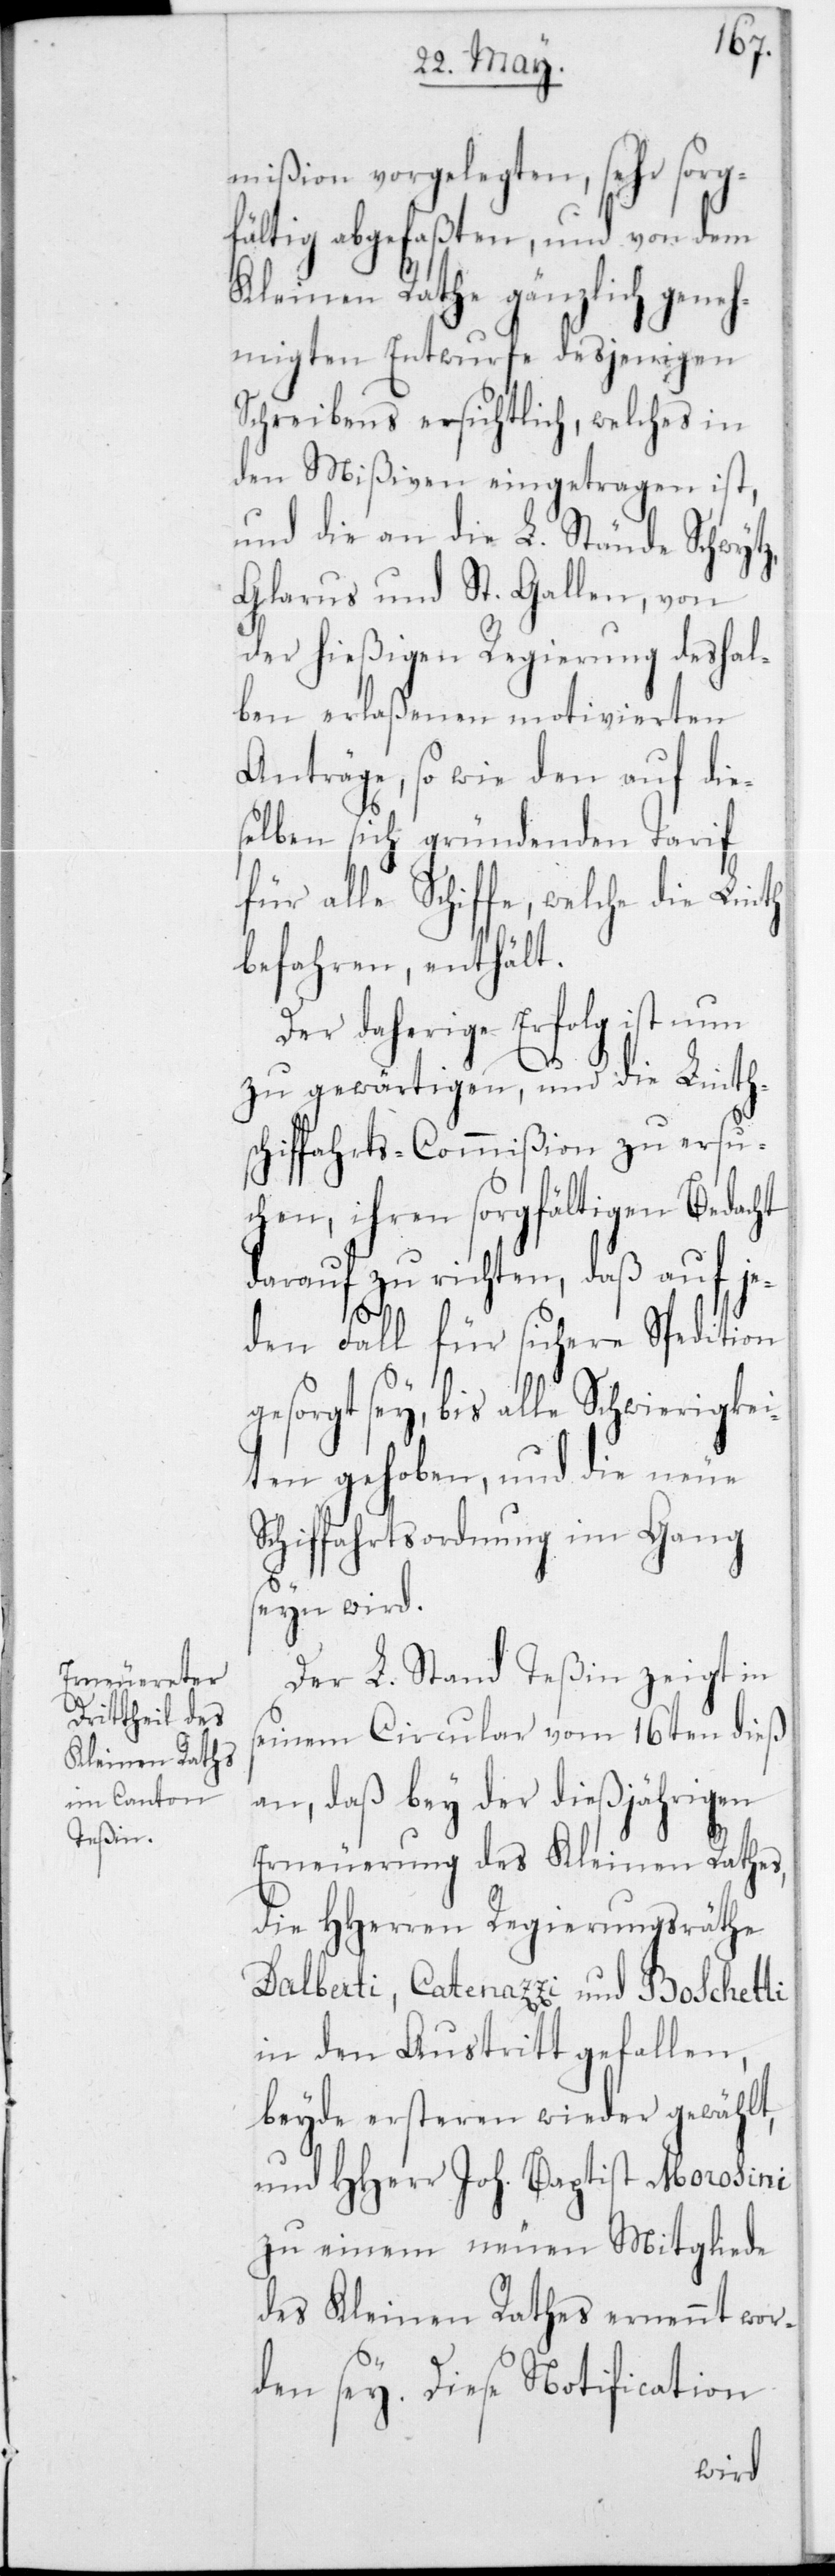
mißion vorgelegten, sehr sorg¬
fältig abgefaßten, und von dem
Kleinen Rathe gänzlich geneh¬
migten Entwurfe desjenigen
Schreibens ersichtlich, welches in
den Mißiven eingetragen ist,
und die an die L. Stände Schwytz,
Glarus und St. Gallen, von
der hießigen Regierung deshal¬
ben, erlaßenen motivierten
Anträge, sowie den auf die¬
selben sich gründenden Tarif
für alle Schiffe, welche die Linth
befahren, enthält.
Der daherige Erfolg ist nun
zu gewärtigen, und die Linth¬
schiffahrts-Commißion zu ersu¬
chen, ihren sorgfältigen Bedacht
darauf zu richten, daß auf je¬
den Fall für sichere Spedition
sey, bis alle Schwierigkei¬
ten gehoben, und die neue
Schiffahrtsordnung im Gang
seyn wird.
Der L. Stand Teßin zeigt in
seinem Circular vom 16ten dieß
an, daß bey der dießjährigen
Erneuerung des Kleinen Rathes,
die HHerren Regierungsräthe
Dalberti, Catenazzi und Boschetti
in den Austritt gefallen,
beyde ersteren wieder gewählt,
und HHerr Joh. Baptist Morosini
zu einem neuen Mitgliede
des Kleinen Rathes ernennt wor¬
den sey. Diese Notification